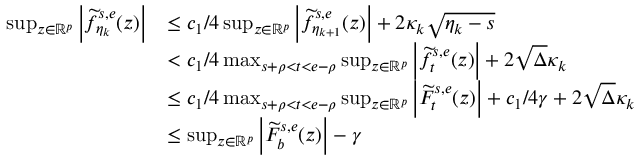
\begin{array} { r l } { \operatorname* { s u p } _ { z \in \mathbb { R } ^ { p } } \Big | \widetilde { f } _ { \eta _ { k } } ^ { s , e } ( z ) \Big | } & { \leq c _ { 1 } / 4 \operatorname* { s u p } _ { z \in \mathbb { R } ^ { p } } \Big | \widetilde { f } _ { \eta _ { k + 1 } } ^ { s , e } ( z ) \Big | + 2 \kappa _ { k } \sqrt { \eta _ { k } - s } } \\ & { < c _ { 1 } / 4 \operatorname* { m a x } _ { s + \rho < t < e - \rho } \operatorname* { s u p } _ { z \in \mathbb { R } ^ { p } } \Big | \widetilde { f } _ { t } ^ { s , e } ( z ) \Big | + 2 \sqrt { \Delta } \kappa _ { k } } \\ & { \leq c _ { 1 } / 4 \operatorname* { m a x } _ { s + \rho < t < e - \rho } \operatorname* { s u p } _ { z \in \mathbb { R } ^ { p } } \Big | \widetilde { F } _ { t } ^ { s , e } ( z ) \Big | + c _ { 1 } / 4 \gamma + 2 \sqrt { \Delta } \kappa _ { k } } \\ & { \leq \operatorname* { s u p } _ { z \in \mathbb { R } ^ { p } } \Big | \widetilde { F } _ { b } ^ { s , e } ( z ) \Big | - \gamma } \end{array}